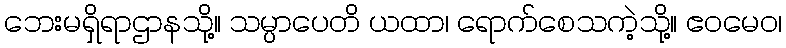
ဘေးမရှိရာဌာနသို့။ သမ္ပာပေတိ ယထာ၊ ရောက်စေသကဲ့သို့။ ဧဝမေဝ၊